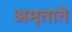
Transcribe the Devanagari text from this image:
अमृताते